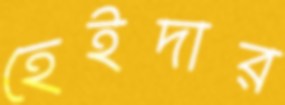
হেইদার